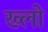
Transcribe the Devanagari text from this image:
ख्लो